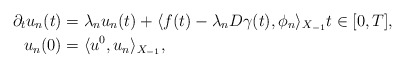
\begin{align*} \partial_{t} u_{n}(t) &= \lambda_{n} u_{n}(t) + \langle f(t) - \lambda_{n} D \gamma(t), \phi_{n}\rangle_{X_{-1}} t \in [0, T], \\ u_{n}(0) &= \langle u^{0}, u_{n}\rangle_{X_{-1}}, \end{align*}